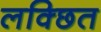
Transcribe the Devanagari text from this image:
लक्छित